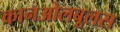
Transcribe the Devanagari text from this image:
कानओलबूलस